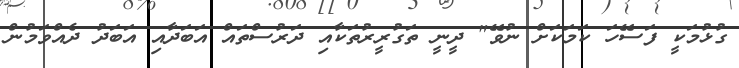
ގުޅުމަކީ ފަސޭހަ ކަމަކަށް ނުވޭ" ދީނީ ތަގުރީރުތަކާއި ދަރުސްތައް އަބަދާއި އަބަދު ދެއްވަމުން